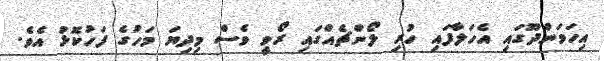
އިހަވަންދޫގައި އެހަލާފައި ހުރި ލޯންޗެއްގައި ރޯވީ ވެސް މިދިޔަ މަހުގެ ފަހުކޮޅު އެވެ.